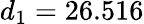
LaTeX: d_{1}=26.516